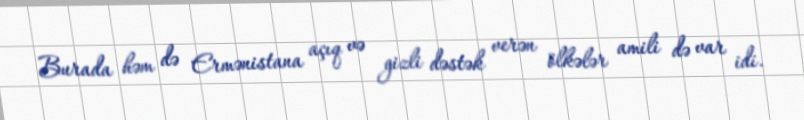
Burada həm də Ermənistana açıq və gizli dəstək verən ölkələr amili də var idi.